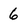
Character: 6